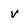
Character: v